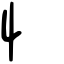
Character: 忄